Vaccination in Bombay 1889-1901 - 1889-1901
Year: 1889
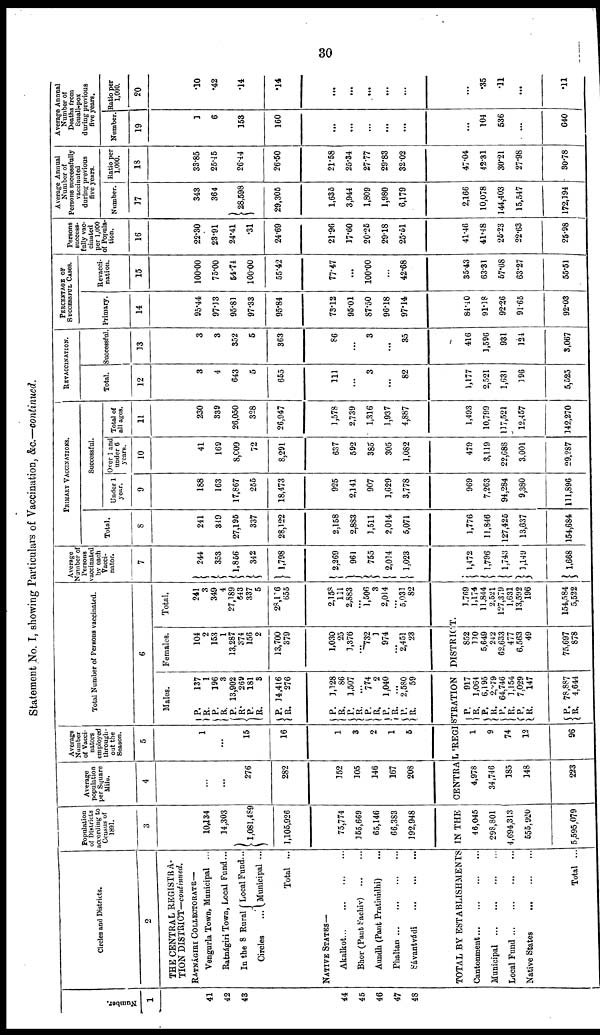
30
Statement No. I, showing Particulars of Vaccination, &c.—continued.
Number.
1
41
42
43
44
45
46
47
48
Circles and Districts.
2
THE CENTRAL REGISTRA-
TION DISTRICT—continued.
RATNÁGIRI COLLECTORATE—
Vengurla Town, Municipal ...
Ratnágiri Town, Local Fund ...
In the 8 Rural
Circles ...
Local Fund...
Municipal ...
Total ...
NATIVE STATES—
Akalkot ... ... ... ...
Bhor (Pant Sachiv)
...
...
Aundh (Pant Pratinidhi) ...
Phaltan
...
...
...
...
Sávantvádi
...
...
...
Population
of Districts
according to
Census of
1891.
3
10,134
14,303
1,081,489
1,105,926
75,774
155,669
65,146
66,383
192,948
Average
population
per Square
Mile.
4
...
...
276
282
152
105
146
167
208
Average
Number
of Vacci-
nators
employed
through-
out the
Season.
5
1
...
15
16
1
3
2
1
5
Total Number of Persons vaccinated.
6
Males.
P.
R.
P. R.
P. R.
P.
R.
P.
R.
P.
R.
P.
R.
P.
R.
P.
R.
P. R.
137
1
196
3
13,902
269
181
3
14,416
276
1,128
86
1,507
...
774
2
1,040
...
2,580
59
Females.
104
2
153
1
13,287
374
156
2
13,700
379
1,030
25
1,376
...
732
1
974
...
2,451
23
Total.
241
3
349
4
27,189
643
337
5
28,116
655
2,158
111
2,883
...
1,506
3
2,014
...
5,031
82
TOTAL BY ESTABLISHMENTS IN THE CENTRAL 'REGISTRATION DISTRICT.
Cantonment
...
...
...
...
Municipal
...
...
...
...
Local Fund
...
...
...
...
Native States
...
...
...
Total ...
46,045
298,801
4,694,313
555,920
5,595,079
4,978
34,746
185
148
223
1
9
74
12
96
P.
R.
P. R.
P.
R.
P.
R.
P.
R.
917
1,064
6,195
2,279
64,746
1,154
7,029
147
78,887
4,644
852
110
5,649
242
62,633
477
6,563
49
75,697
878
1,769
1,174
11,844
2,521
127,379
1,631
13,592
196
154,584
5,522
Average
Number of
Persons
vaccinated
by each
Vacci-
nator.
7
244
353
1,856
342
1,798
2,269
961
755
2,014
1,023
1,472
1,796
1,743
1,149
1,668
PRIMARY VACCINATIONS.
Total.
8
241
349
27,195
337
28,122
2,158
2,883
1,511
2,014
5,071
1,776
11,846
127,425
13,637
154,684
Successful.
Under 1
year.
9
188
163
17,867
255
18,473
925
2,141
907
1,629
3,778
969
7,263
94,284
9,380
111,896
Over 1 and
under 6
years.
10
41
169
8,009
72
8,291
637
592
385
305
1,082
479
3,119
22,688
3,001
29,287
Total of
all ages.
11
230
339
26,050
328
26,947
1,578
2,739
1,316
1,937
4,887
1,493
10,799
117,521
12,457
142,270
REVACCINATION.
Total.
12
3
4
643
5
655
111
...
3
...
82
1,177
2,521
1,631
196
5,525
Successful.
13
3
3
352
5
363
86
...
3
...
35
416
1,596
931
124
3,067
PERCENTAGE OF
SUCCESSFUL CASeS.
Primary.
14
95.44
97.13
95.81
97.33
95.84
73.12
95.01
87.50
96.18
97.14
84.40
91.18
92.26
91.65
92.03
Revacci-
nation.
15
100.00
75.00
54.74
100.00
55.42
77.47
...
100.00
...
42.68
35.43
63.31
57.08
63.27
55.51
Persons
success-
fully vac-
cinated
per 1,000
of Popula-
tion.
16
22.30
23.91
24.41
.31
24.69
21.96
17.60
20.25
29.18
25.51
41.46
41.48
25.23
22.63
25.98
Average Annual
Number of
Persons successfully
vaccinated
during previous
five years.
Number.
17
343
364
28,598
29,305
1,635
3,944
1,809
1,980
6,179
2,166
10,078
144,403
15,547
172,194
Ratio per
1,000.
18
33.85
25.45
26.44
26.50
21.58
25.34
27.77
29.83
32.02
47.04
42.31
30.21
27.98
30.78
Average Annual
Number of
Deaths from
Small-pox
during previous
five years.
Number.
19
1
6
153
160
...
...
...
...
...
...
104
536
...
640
Ratio per
1,000.
20
.10
.42
.14
.14
...
...
...
...
...
...
.35
.11
...
.11